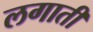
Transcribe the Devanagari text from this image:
लगातीं